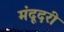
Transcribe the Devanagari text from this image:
मंदूदरी